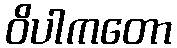
ဝိပါကတော